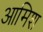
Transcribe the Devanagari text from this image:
आमिश